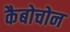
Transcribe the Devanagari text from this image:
कैबोचोन